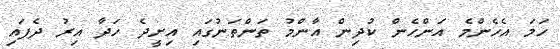
ހަމަ އެހެންމެ އަންހެން ކުދިން އާންމު ތަންތަނުގައި އިށީދެ ހަދާ އިރު ދެފައި